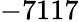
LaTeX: -7117